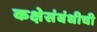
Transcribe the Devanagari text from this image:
कक्षेसंबंधीची